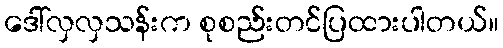
ဒေါ်လှလှသန်းက စုစည်းတင်ပြထားပါတယ်။